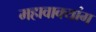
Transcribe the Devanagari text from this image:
महावाक्यांग